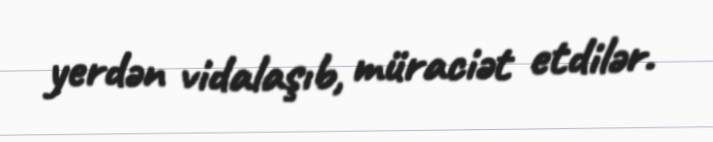
yerdən vidalaşıb, müraciət etdilər.